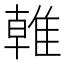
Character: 𨿨